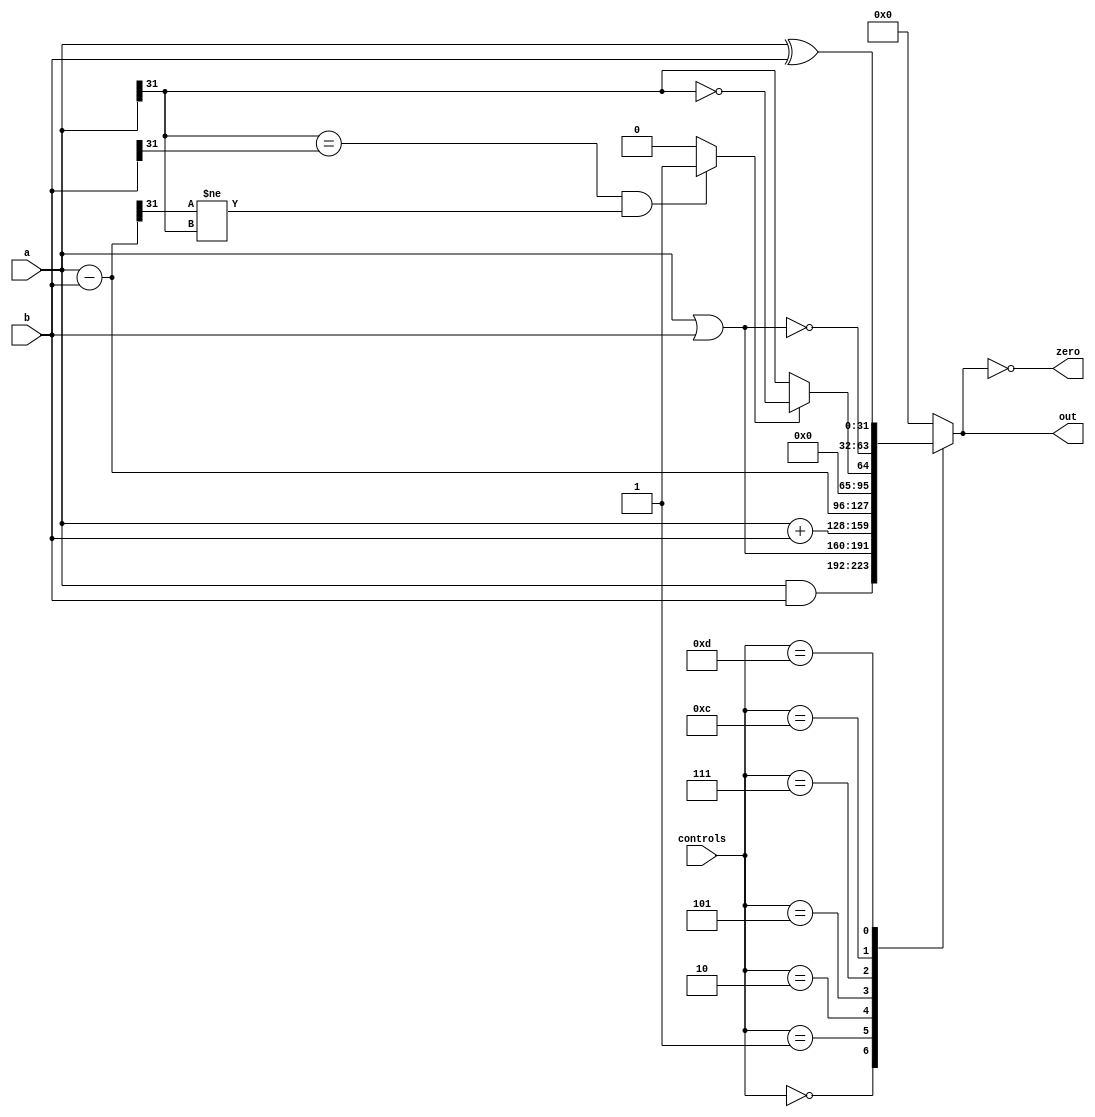
module ALU(controls,a,b,out,zero);
	
	input [3:0]	controls;
	input [31:0] a, b;
	output reg [31:0] out;
	output	zero;

	wire overFlow_substraction, overFlow_addition, overFlow, slt;
	wire [31:0] substract_abs, add_abs;

	assign substract_abs = a - b;
	assign add_abs = a + b;
	assign overFlow_addition = (a[31] == b[31] && add_abs[31] != a[31]) ? 1 : 0;
	assign overFlow_substraction = (a[31] == b[31] && substract_abs[31] != a[31]) ? 1 : 0;
	assign zero = (out == 0);
	assign oflow = (controls == 4'b0010) ? overFlow_addition : overFlow_substraction;
	assign slt = overFlow_substraction ? ~(a[31]) : a[31];

	//at input change or clock assign the proper values to output
	//values are calculated beforehand
	always @(*)
	begin
		case (controls)
			4'b0000:
				out <= a & b;
			4'b0001:
				out <=a | b;
			4'b0010: 
				out <= add_abs;
			4'b0101:  
				out <= substract_abs;
			4'b0111:  
				out <= {{31{1'b0}}, slt};	
			4'b1100:
				out <= ~(a | b);
			4'b1101:
				out <= a ^ b;
			default: 
				out <= 0;
		endcase
	end
endmodule